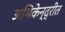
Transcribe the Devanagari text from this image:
अभिकेन्द्रीत